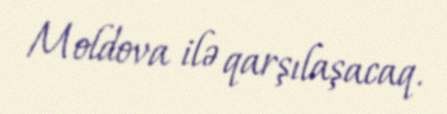
Moldova ilə qarşılaşacaq.